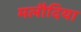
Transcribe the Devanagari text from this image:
मलौदिया